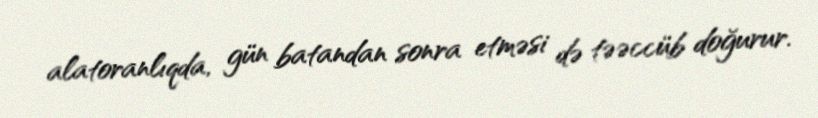
alatoranlıqda, gün batandan sonra etməsi də təəccüb doğurur.